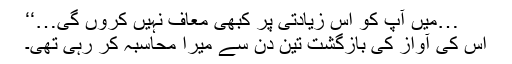
…میں آپ کو اس زیادتی پر کبھی معاف نہیں کروں گی…‘‘
اس کی آواز کی بازگشت تین دن سے میرا محاسبہ کر رہی تھی۔